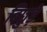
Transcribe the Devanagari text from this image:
बिछुड़े